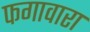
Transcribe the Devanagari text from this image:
फगावारा